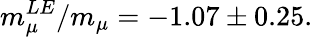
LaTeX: m_{\mu}^{LE}/m_{\mu}=-1.07\pm 0.25.